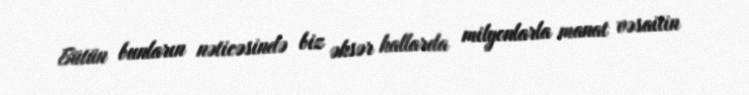
Bütün bunların nəticəsində biz əksər hallarda milyonlarla manat vəsaitin